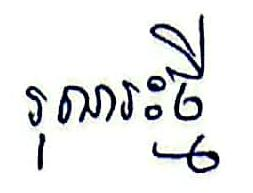
រុណរះថ្មី